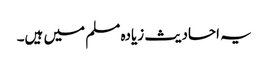
یہ احادیث زیادہ مسلم میں ہیں۔